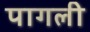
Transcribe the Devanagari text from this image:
पागली